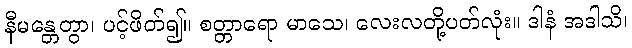
နီမန္တေတွာ၊ ပင့်ဖိတ်၍။ စတ္တာရော မာသေ၊ လေးလတို့ပတ်လုံး။ ဒါနံ အဒါသိ၊